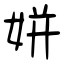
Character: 姘